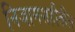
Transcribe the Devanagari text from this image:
निजामशहीतील